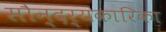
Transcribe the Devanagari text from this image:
सौन्दर्यकारिका